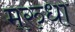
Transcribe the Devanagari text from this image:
मरुधा